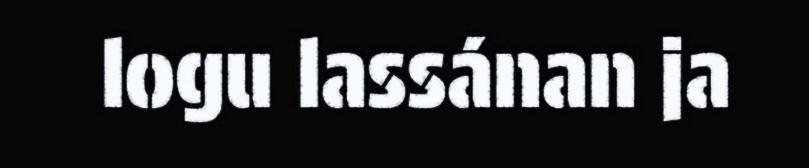
logu lassánan ja